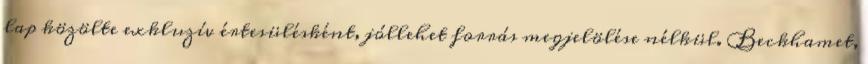
lap közölte exkluzív értesülésként, jóllehet forrás megjelölése nélkül. Beckhamet,